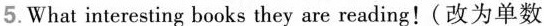
5.What interesting books they are reading!(改为单数